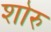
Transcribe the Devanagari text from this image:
शोरु